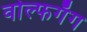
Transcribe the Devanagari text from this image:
वोल्फगँग